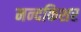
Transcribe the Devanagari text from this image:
नन्दकिशर